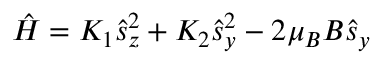
{ \hat { H } } = K _ { 1 } { { \hat { s } } _ { z } } ^ { 2 } + K _ { 2 } { { \hat { s } } _ { y } } ^ { 2 } - 2 \mu _ { B } B { { \hat { s } } _ { y } }